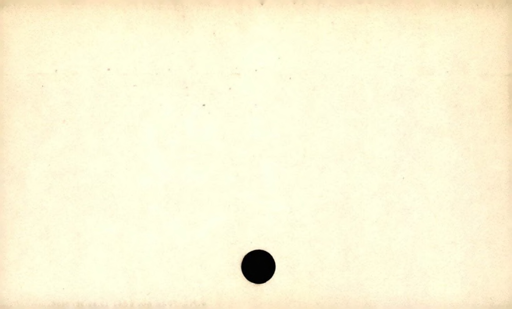
Label: blank